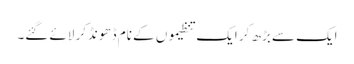
ایک سے بڑھ کر ایک تنظیموں کے نام ڈھونڈکر لائے گئے۔